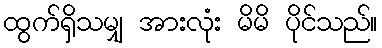
ထွက်ရှိသမျှ အားလုံး မိမိ ပိုင်သည်။